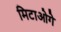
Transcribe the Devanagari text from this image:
मिटाओगे